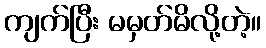
ကျက်ပြီး မမှတ်မိလို့တဲ့။